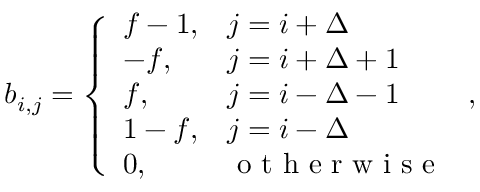
\begin{array} { r } { b _ { i , j } ^ { } = \left\{ \begin{array} { l l } { f - 1 , } & { j = i + \Delta } \\ { - f , } & { j = i + \Delta + 1 } \\ { f , } & { j = i - \Delta - 1 } \\ { 1 - f , } & { j = i - \Delta } \\ { 0 , } & { \mathrm { ~ o ~ t ~ h ~ e ~ r ~ w ~ i ~ s ~ e ~ } } \end{array} \right. , } \end{array}